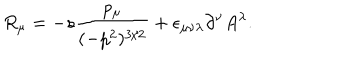
R _ { \mu } = - s \frac { p _ { \mu } } { ( - p ^ { 2 } ) ^ { 3 / 2 } } + \epsilon _ { \mu \nu \lambda } \partial ^ { \nu } A ^ { \lambda } .